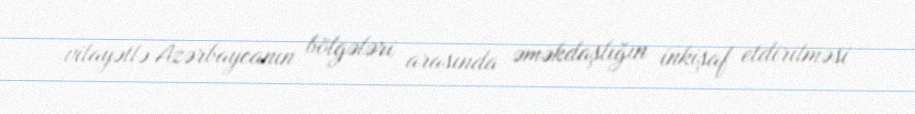
vilayətlə Azərbaycanın bölgələri arasında əməkdaşlığın inkişaf etdirilməsi